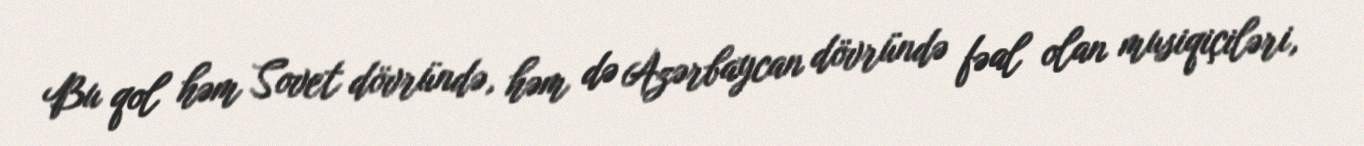
Bu qol həm Sovet dövründə, həm də Azərbaycan dövründə fəal olan musiqiçiləri,